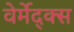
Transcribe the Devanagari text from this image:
वेर्मेद्क्स